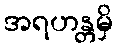
အရဟန္တမှိ